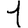
Digit: 1